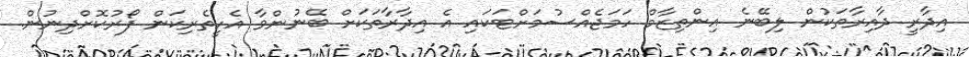
އިދާރީ ދާއިރާތަކުން ލިބޭނެ އިންތިޒާމް ހަމަޖެއްސުމަށްޓަކައި އެ އިދާރާތަކަށް ބޭނުންވާ އެހީތެރިކަން ފޯރުކޮށްދިނުން.